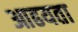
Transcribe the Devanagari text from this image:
आढयता